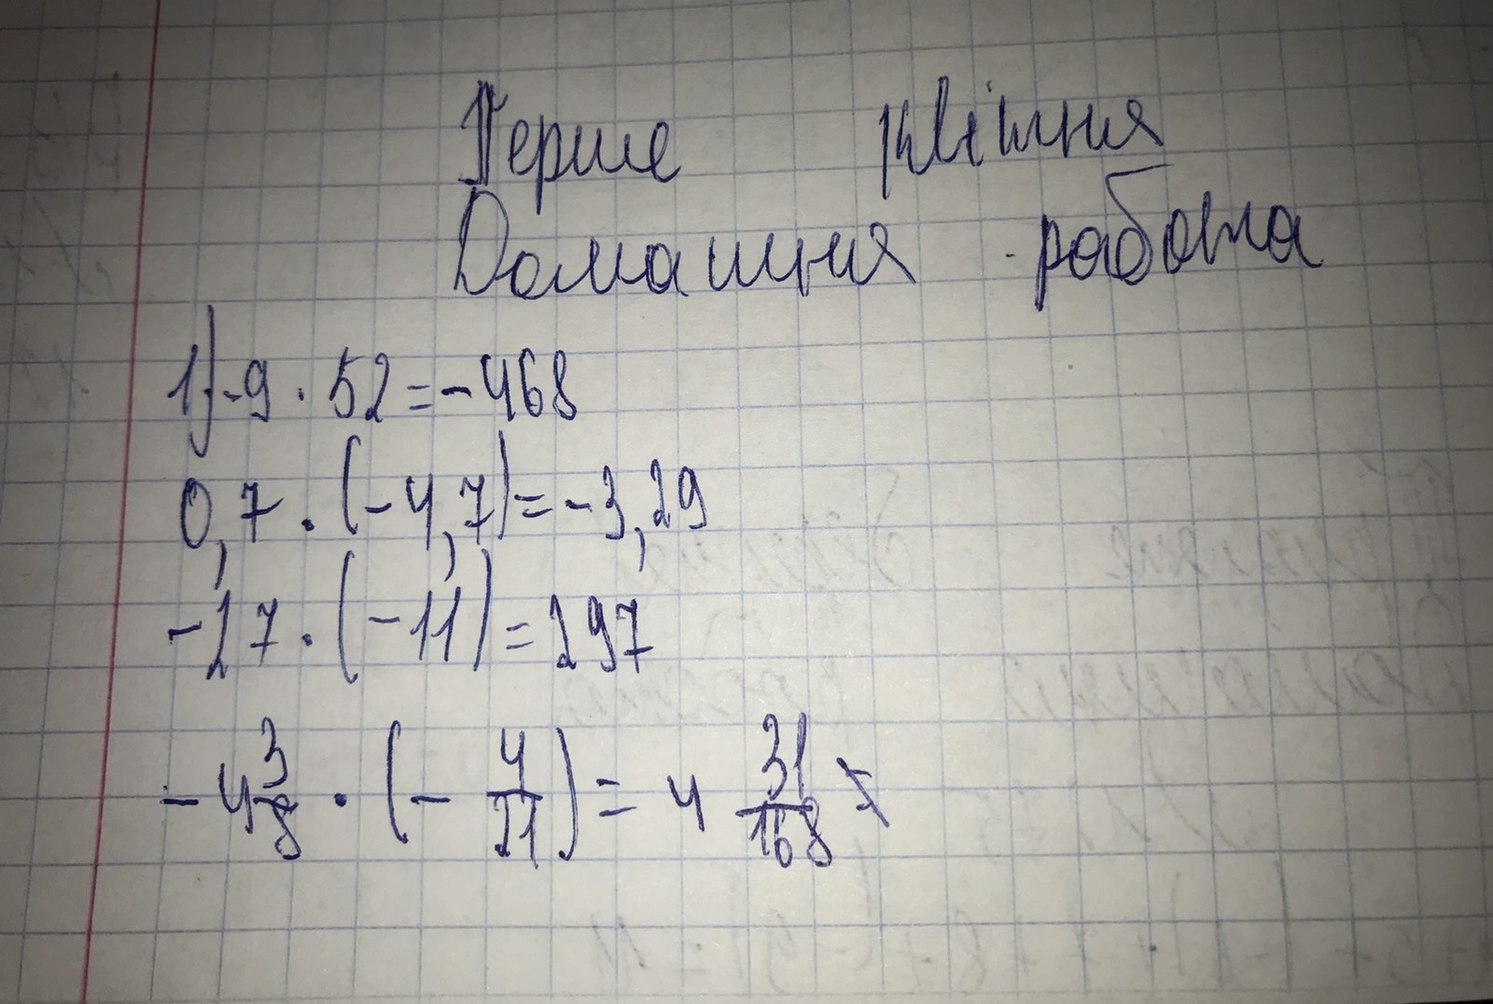
Перше квітня
Домашня робота
1) -9 \cdot 52 = -468
0,7 \cdot (-4,7) = -3,29
-27 \cdot (-11) = 297
-4 \frac{3}{8} \cdot (-\frac{4}{21}) = 4 \frac{31}{168} ~~=~~